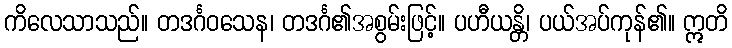
ကိလေသာသည်။ တဒင်္ဂဝသေန၊ တဒင်္ဂ၏အစွမ်းဖြင့်။ ပဟီယန္တိ၊ ပယ်အပ်ကုန်၏။ ဣတိ